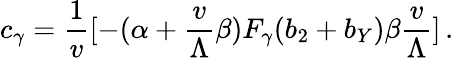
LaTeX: c_{\gamma}={\frac{1}{v}}[-(\alpha+{\frac{v}{\Lambda}}\beta)F_{\gamma}(b_{2}+b_{Y})\beta{\frac{v}{\Lambda}}]\, .